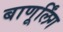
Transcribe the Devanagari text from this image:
बाणूर्लिंग